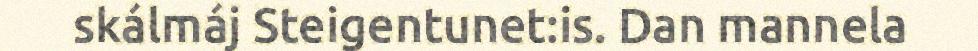
skálmáj Steigentunet:is. Dan mannela